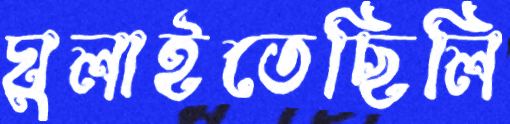
ঘুলাইতেছিলি